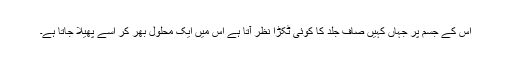
اس کے جسم پر جہاں کہیں صاف جلد کا کوئی ٹکڑا نظر آتا ہے اس میں ایک محلول بھر کر اسے پھیلا جاتا ہے۔